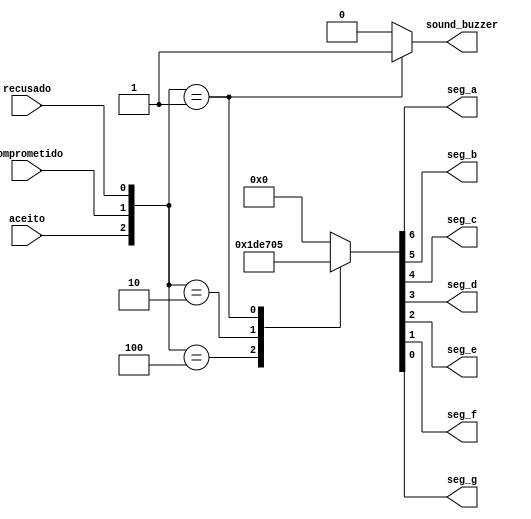
// decodificador que recebe as sadas do circuito principal
// e as transforma em sinais para o display de 7-seguimentos
// e o buzzer sonoro
module decoder(
	aceito,
	comprometido,
	recusado,
	seg_a,
	seg_b,
	seg_c,
	seg_d,
	seg_e,
	seg_f,
	seg_g,
	sound_buzzer
);

	// declarao das entradas e sadas
	input aceito,  comprometido, recusado;
	output seg_a, seg_b, seg_c, seg_d, seg_e, seg_f, seg_g, sound_buzzer;
	
	reg [2:0] sel;
	reg [6:0] seguimentos;
	reg [0:0] buzzer;
	
	// lgica
	always @ (sel)
	begin
	
		sel [2] = aceito;
		sel [1] = comprometido;
		sel [0] = recusado;
	
		case(sel)
			3'b100 : seguimentos = 7'b1110111; // mensagem aceito (letra "A")
			3'b010 : seguimentos = 7'b1001110; // mensarem comprometido (letra "C")
			3'b001 : seguimentos = 7'b0000101; // mensagem recusado (letra "r")
			default: seguimentos = 7'b0000000;
		endcase
		
		case(sel)
			3'b001 : buzzer = 1'b1; // sinal sonoro para o caso recusado
			default: buzzer = 1'b0;
		endcase
	end
	
	assign {seg_a, seg_b, seg_c, seg_d, seg_e, seg_f, seg_g} = seguimentos;
	assign sound_buzzer = buzzer;
endmodule